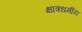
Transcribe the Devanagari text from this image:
क्षात्रधर्मीय